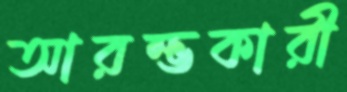
আরম্ভকারী